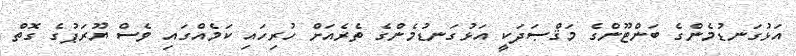
އަޅުގަނޑުމެންގެ ބަންޓޫންގެ މަޤްޞަދަކީ އަޅުގަނޑުމެންގެ ތެރެއަށް ހުރިހައި ކަމެއްގައި ވެސް ޔޫރަޕުގެ ގޮތް